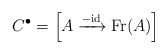
\begin{align*}C^{\bullet}=\left [A\xrightarrow{-\mathrm{id}} \mathrm{Fr} (A)\right ] \end{align*}